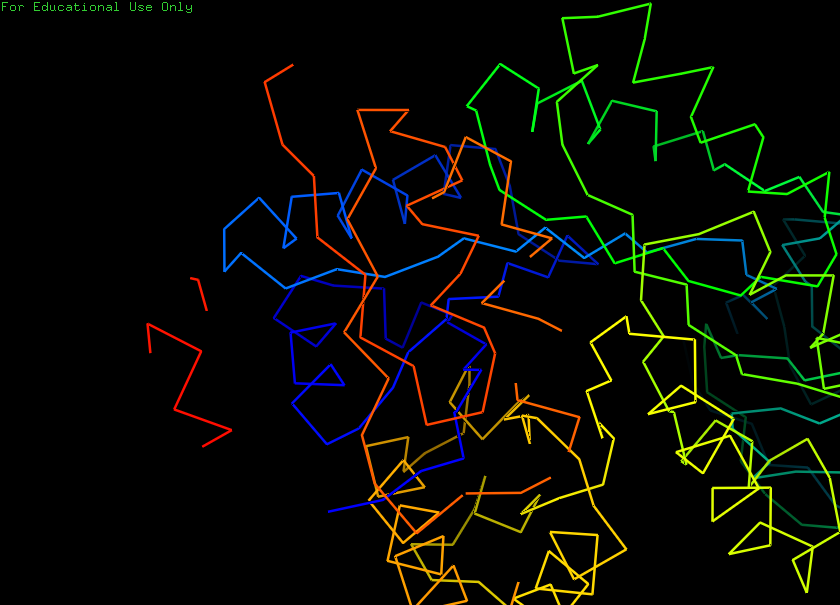
pymol, preset, ligand_sites_trans_hq